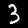
Label: 3